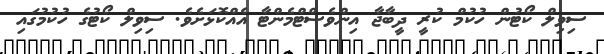
ސިވިލް ކޯޓުން ހުކުމް ކުރީ ދީބާޖާ އިންވެސްޓްމެންޓާ އެއްކޮޅަށެވެ. ސިވިލް ކޯޓުގެ ހުކުމުގައި